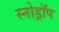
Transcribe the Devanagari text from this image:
स्नोड्रॉप